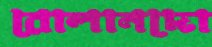
রোলানদো